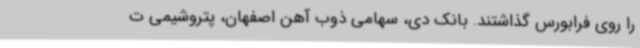
را روی فرابورس گذاشتند. بانک دی، سهامی ذوب آهن اصفهان، پتروشیمی ت